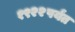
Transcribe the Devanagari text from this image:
१९२२पर्यंत